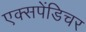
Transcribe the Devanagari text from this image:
एक्‍सपेंडिचर